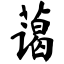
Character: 蔼